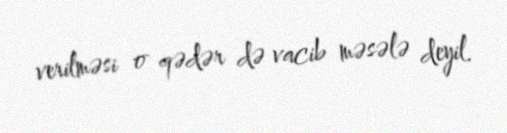
verilməsi o qədər də vacib məsələ deyil.